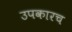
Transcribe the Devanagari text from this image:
उपकारच